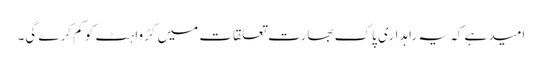
امید ہے کہ یہ راہداری پاک بھارت تعلقات میں کڑواہٹ کو کم کرے گی۔